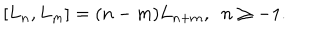
LaTeX: [ L _ { n } , L _ { m } ] = ( n - m ) L _ { n + m } , \, \, \, n \geq - 1 .